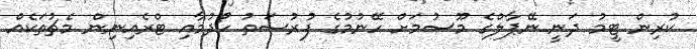
ކުރިން ޓީމު ދަނީ ނޭޕާލްގެ މޫސުމަށް ހޭނުމުގެ ފުރުސަތު ހޯދުމާއި ޓްރެއިނިން މެޗުތަކެއް